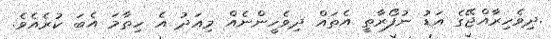
.ދިވެހިރާއްޖޭގެ އަޑު ނުފޯރާތީ އެތައް ދިވެހީންނެއް މިއަދު އެ ހިތާމަ އެބަ ކުރެއެވެ.